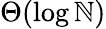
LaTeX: \Theta(\log\mathbb{N})